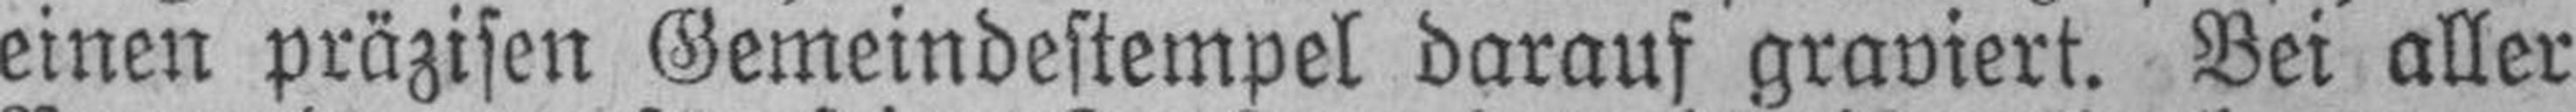
einen präzisen Gemeindestempel darauf graviert. Bei aller